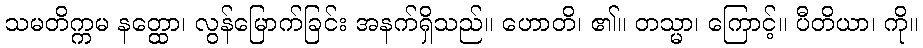
သမတိက္ကမ နတ္ထော၊ လွန်မြောက်ခြင်း အနက်ရှိသည်။ ဟောတိ၊ ၏။ တသ္မာ၊ ကြောင့်။ ပီတိယာ၊ ကို။